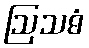
ဩသဓံ